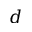
d